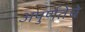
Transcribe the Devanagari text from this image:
अपुर्णतेचे